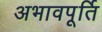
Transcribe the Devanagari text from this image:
अभावपूर्ति